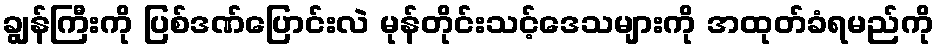
ချွန်ကြီးကို ပြစ်ဒဏ်ပြောင်းလဲ မုန်တိုင်းသင့်ဒေသများကို အထုတ်ခံရမည်ကို